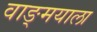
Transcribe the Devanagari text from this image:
वाङ्‌मयाला